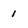
Character: 1